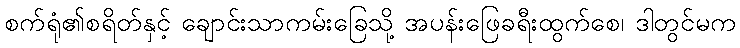
စက်ရုံ၏စရိတ်နှင့် ချောင်းသာကမ်းခြေသို့ အပန်းဖြေခရီးထွက်စေ၊ ဒါတွင်မက